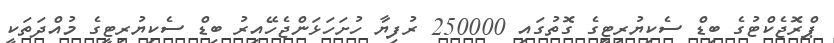
ޕްރޮޖެކްޓުގެ ބިޑް ސެކިޔުރިޓީގެ ގޮތުގައި 250000 ރުފިޔާ ހުށަހަޅަންޖެހޭއިރު ބިޑް ސެކިޔުރިޓީގެ މުއްދަތަކީ